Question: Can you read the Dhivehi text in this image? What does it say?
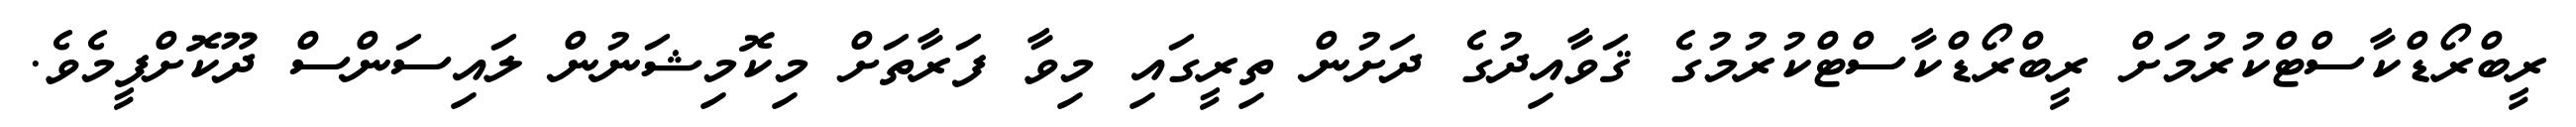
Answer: ރީބްރޯޑްކާސްޓްކުރުމަށް ރީބްރޯޑްކާސްޓްކުރުމުގެ ޤަވާއިދުގެ ދަށުން ތިރީގައި މިވާ ފަރާތަށް މިކޮމިޝަނުން ލައިސަންސް ދޫކޮށްފީމެވެ.